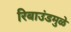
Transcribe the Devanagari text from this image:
रिबाउंडमुळे